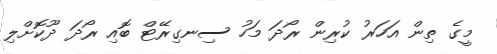
މީގެ ތިން އަހަރު ކުރިން ރޯދަ މަހު ސިނގިރޭޓް ބޮއި ރޯދަ ދޫކޮށްލި